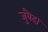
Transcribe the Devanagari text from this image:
जुवैदा